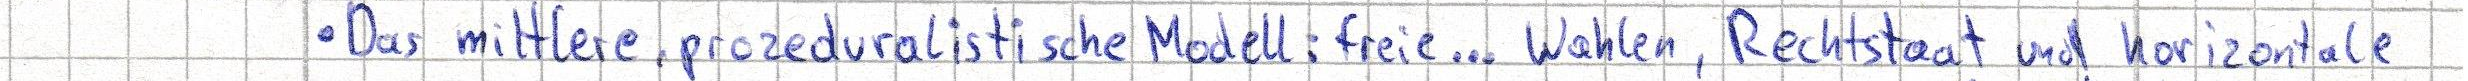
- Das mittlere, prozeduralistische Modell: freie... Wahlen, Rechtstaat und horizontale